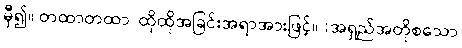
မှီ၍။ တထာတထာ၊ ထိုထိုအခြင်းအရာအားဖြင့်။ (အရှည်အတိုစသော